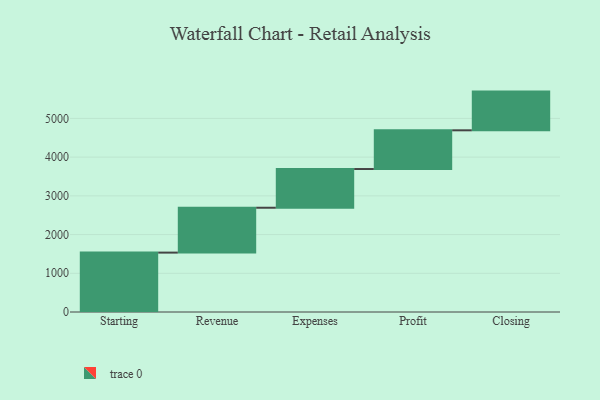
{"axis": {"x": "Step", "y": "Value"}, "legend": [""], "data": [{"x": "Starting", "y": 1534.0, "type": ""}, {"x": "Revenue", "y": 1159.0, "type": ""}, {"x": "Expenses", "y": 1000, "type": ""}, {"x": "Profit", "y": 1000, "type": ""}, {"x": "Closing", "y": 1000, "type": ""}]}